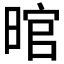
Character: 𱢍